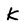
Character: K